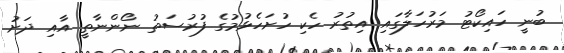
ބުނީ ހައިކޯޓު މަރުހަލާގައި އިތުރު ހެކި ހުށަހެޅުމުގެ ފުރުސަތު ނޯންނާތީ އާއި ދަށު